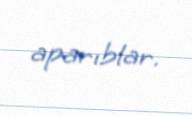
aparıblar.